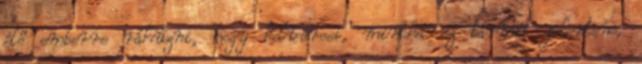
élő emberre ráhúzni, hogy belvárosi, mintha ez bármit jelentene,